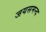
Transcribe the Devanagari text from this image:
जयसमन्‍द